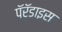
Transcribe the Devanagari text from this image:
पॅरॅडाइस